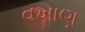
વખાણ